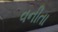
વનીતા